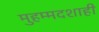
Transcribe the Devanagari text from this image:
मुहम्मदशाही